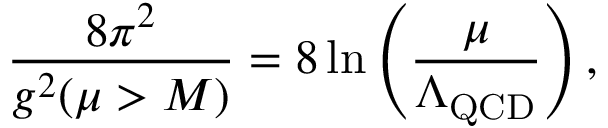
\frac { 8 \pi ^ { 2 } } { g ^ { 2 } ( \mu > M ) } = 8 \ln \left( \frac { \mu } { \Lambda _ { \mathrm { Q C D } } } \right) ,